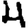
Digit: 4